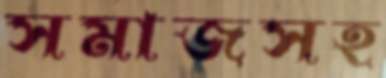
সমাজসহ